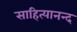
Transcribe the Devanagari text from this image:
साहित्यानन्द